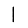
Digit: 1